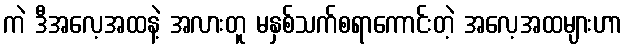
ကဲ ဒီအလေ့အထနဲ့ အလားတူ မနှစ်သက်စရာကောင်းတဲ့ အလေ့အထများဟာ